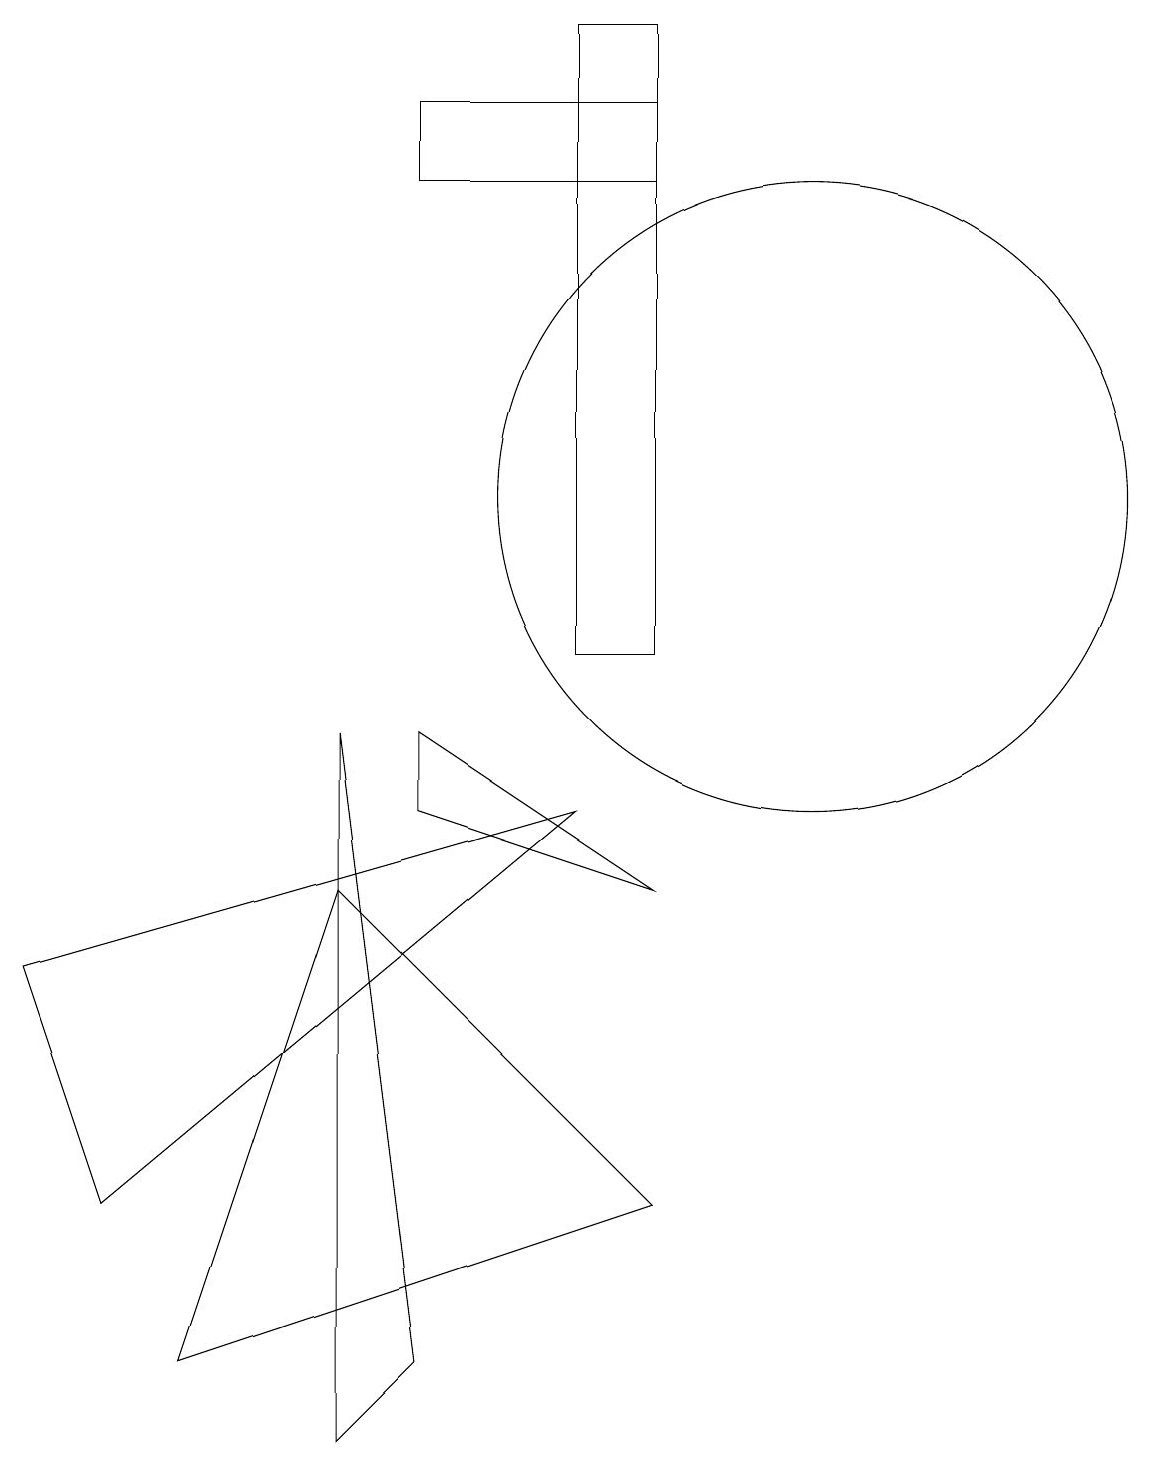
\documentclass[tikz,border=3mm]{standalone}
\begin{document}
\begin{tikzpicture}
\draw (11,10) circle (0);
\draw (7,18) rectangle (8,10);
\draw (4,0) -- (4,9) -- (5,1) -- cycle;
\draw (10,12) circle (4);
\draw (4,7) -- (8,3) -- (2,1) -- cycle;
\draw (8,7) -- (5,8) -- (5,9) -- cycle;
\draw (7,8) -- (0,6) -- (1,3) -- cycle;
\draw (8,16) rectangle (5,17);
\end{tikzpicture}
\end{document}